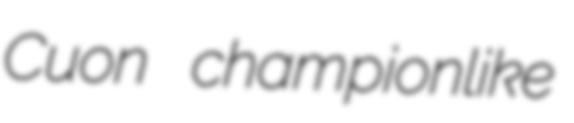
Cuon championlike